Vaccine operations Central Provinces & Berar 1912-1920 - 1912-1920
Year: 1912
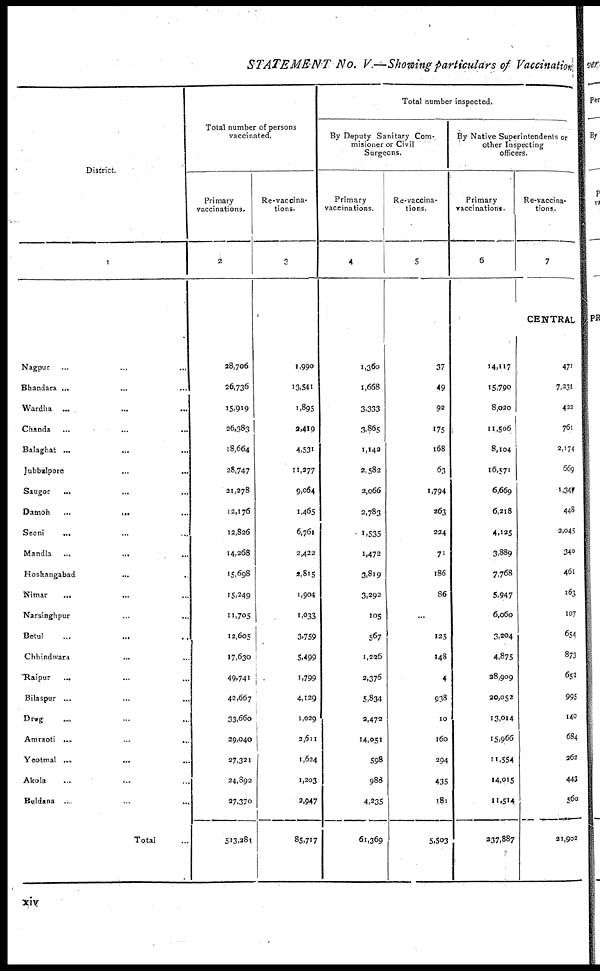
STATEMENT No. V.—Showing particulars of Vaccination
District.
1
Nagpur ... ... ...
Bhandara ... ... ...
Wardha
... ... ...
Chanda ... ... ...
Balaghat ... ... ...
Jubbulpore ... ... ...
Saugor
... ... ...
Damoh ...
... ...
Seoni
... ... ...
Mandla
...
... ...
Hoshangabad ... ...
Nimar
... ... ...
Narsinghpur ... ...
Betul ... ... ...
Chhindwara ... ...
Raipur ... ... ...
Bilaspur ... ... ...
Drug ... ... ...
Amraoti ... ... ...
Yeotmal ...
... ...
Akola
...
... ...
Buldana ... ... ...
Total ...
Total number of persons
vaccinated.
Primary
vaccinations.
2
28,706
26,736
15,919
26,383
18,664
28,747
21,278
12,176
12,826
14,268
15,698
15,249
11,705
12,605
17,630
49,741
42,667
33,660
29,040
27,321
24,892
27,370
513,281
Re-vaccina¬
tions.
3
1,990
13,541
1,895
2,419
4,531
11,277
9,064
1,465
6,761
2,422
2,815
1,904
1,033
3,759
5,499
1,799
4,129
1,029
2,611
1,624
1,203
2,947
85,717
Total number inspected.
By Deputy Sanitary Com¬
misioner or Civil
Surgeons.
Primary
vaccinations.
4
1,360
1,668
3,333
3,865
1,142
2,582
2,066
2,783
1,535
1,472
3,819
3,292
105
567
1,226
2,376
5,834
2,472
14,051
598
988
4,235
61,369
Re-vaccina-
tions.
5
37
49
92
175
168
63
1,794
263
224
71
186
86
...
125
148
4
938
10
160
294
435
181
5,503
By Native Superintendents or
other Inspecting
officers.
Primary
vaccinations.
6
14,117
15,790
8,020
11,506
8,104
16,571
6,669
6,218
4,125
3,889
7,768
5,947
6,060
3,204
4,875
28,909
20,052
13,014
15,966
11,554
14,015
11,514
237,887
Re-vaccina-
tions.
7
CENTRAL
471
7,231
422
761
2,174
669
1,347
448
2,045
340
461
163
107
654
873
652
995
140
684
262
443
560
21,902
xiv